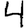
Digit: 4